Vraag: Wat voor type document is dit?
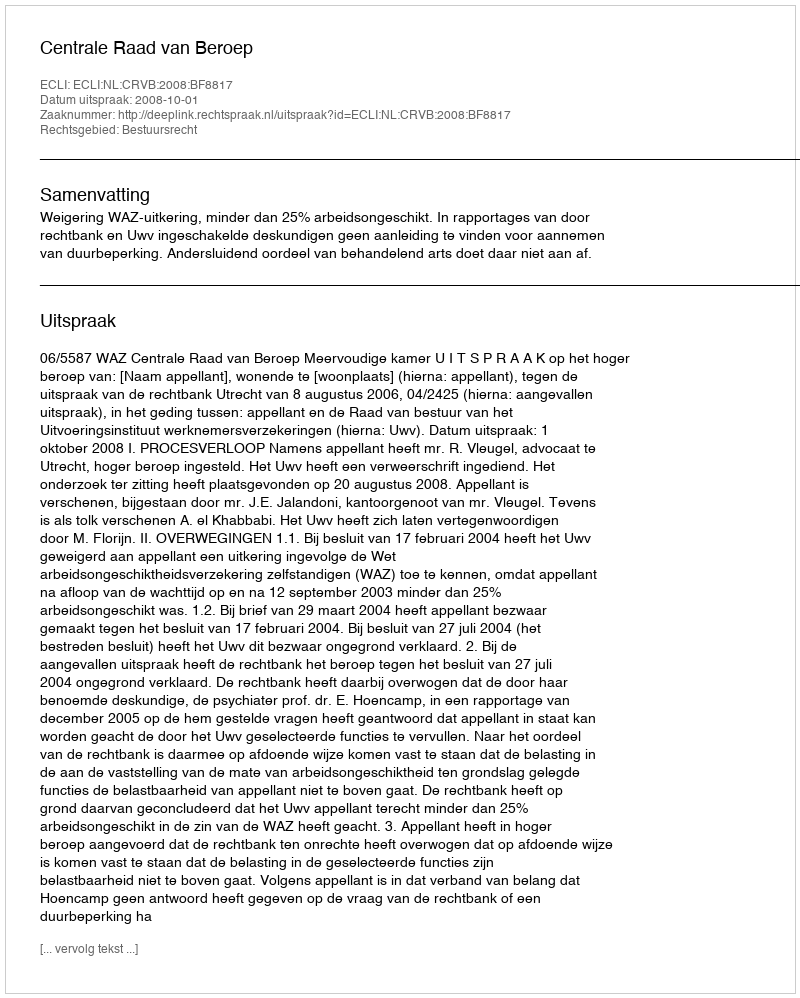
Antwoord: Uitspraak